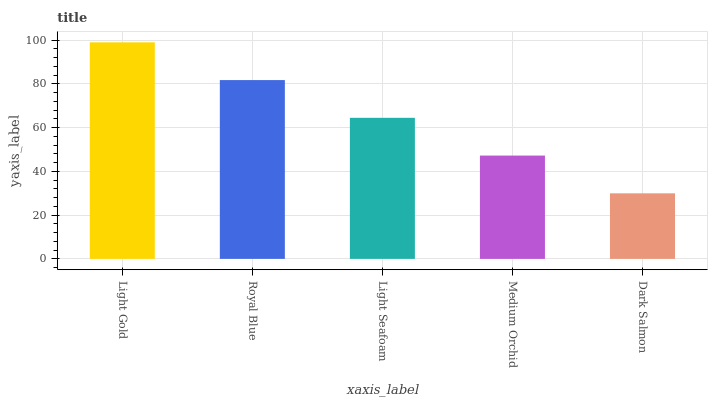
| xaxis_label | bars |
 | --- | --- |
 | Light Gold | 99 |
 | Royal Blue | 81.7 |
 | Light Seafoam | 64.5 |
 | Medium Orchid | 47.2 |
 | Dark Salmon | 30 |